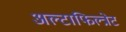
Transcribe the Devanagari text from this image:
अल्टाफिल्त्रेट